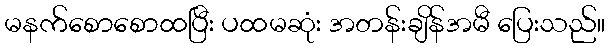
မနက်စောစောထပြီး ပထမဆုံး အတန်းချိန်အမီ ပြေးသည်။